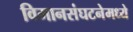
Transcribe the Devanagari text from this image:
विमानसंघटनेमध्ये